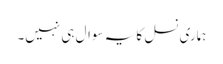
ہماری نسل کا یہ سوال ہی نہیں۔